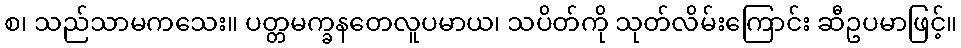
စ၊ သည်သာမကသေး။ ပတ္တမက္ခနတေလူပမာယ၊ သပိတ်ကို သုတ်လိမ်းကြောင်း ဆီဥပမာဖြင့်။